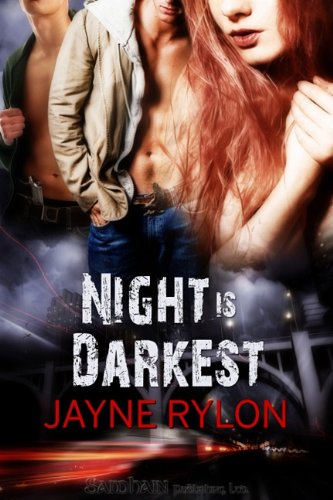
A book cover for Night is Darkest; Jayne Rylon; Romance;